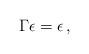
LaTeX: \begin{align*}\Gamma \epsilon = \epsilon \, ,\end{align*}